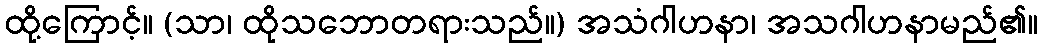
ထို့ကြောင့်။ (သာ၊ ထိုသဘောတရားသည်။) အသံဂါဟနာ၊ အသဂါဟနာမည်၏။